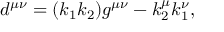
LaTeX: d ^ { \mu \nu } = ( k _ { 1 } k _ { 2 } ) g ^ { \mu \nu } - k _ { 2 } ^ { \mu } k _ { 1 } ^ { \nu } ,